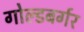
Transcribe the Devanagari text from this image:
गोल्डबर्गर